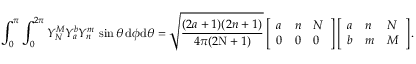
\int _ { 0 } ^ { \pi } \int _ { 0 } ^ { 2 \pi } Y _ { N } ^ { M } Y _ { a } ^ { b } Y _ { n } ^ { m } \, \sin \theta \, \mathrm { d } \phi \mathrm { d } \theta = \sqrt { \frac { ( 2 a + 1 ) ( 2 n + 1 ) } { 4 \pi ( 2 \mathrm { N } + 1 ) } } \left[ \begin{array} { l l l } { a } & { n } & { N } \\ { 0 } & { 0 } & { 0 } \end{array} \right] \left[ \begin{array} { l l l } { a } & { n } & { N } \\ { b } & { m } & { M } \end{array} \right] .